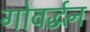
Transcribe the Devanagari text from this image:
गोवर्द्धन